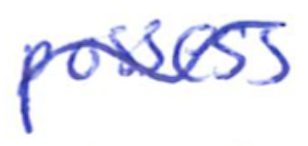
Text: possess
Cross-out: wave
Writing tool: ballpoint